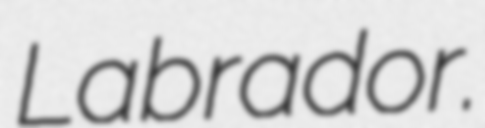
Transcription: Labrador.